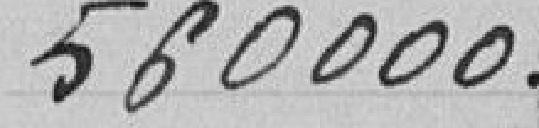
560000